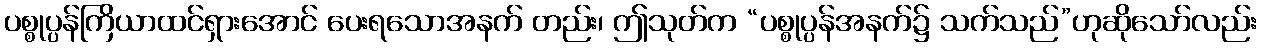
ပစ္စုပ္ပန်ကြိယာထင်ရှားအောင် ပေးရသောအနက် တည်း၊ ဤသုတ်က “ပစ္စုပ္ပန်အနက်၌ သက်သည်”ဟုဆိုသော်လည်း